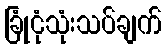
ခြုံငုံသုံးသပ်ချက်